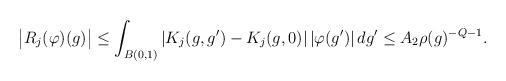
LaTeX: \begin{align*}\big|R_j(\varphi)(g)\big| &\leq \int_{B(0,1)}\left|K_j(g,g')-K_j(g,0)\right|\left|\varphi(g')\right|dg'\leq A_2 \rho(g)^{-Q-1}.\end{align*}